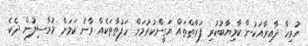
ހުރިހާ ދާއިރާއަކުން ކާމިޔާބުކުރި ފަރާތްތައް ޔަގީންކުރުމަށް ހަފުތާތަކެއް ވާނެ ކަމަށް މުރާސިލުން ދެކެ